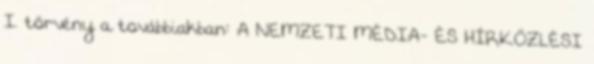
I. törvény a továbbiakban: A NEMZETI MÉDIA- ÉS HÍRKÖZLÉSI